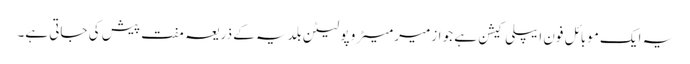
یہ ایک موبائل فون ایپلی کیشن ہے جو ازمیر میٹرو پولیٹن بلدیہ کے ذریعہ مفت پیش کی جاتی ہے۔